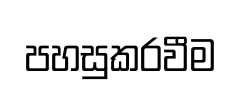
පහසුකරවීම